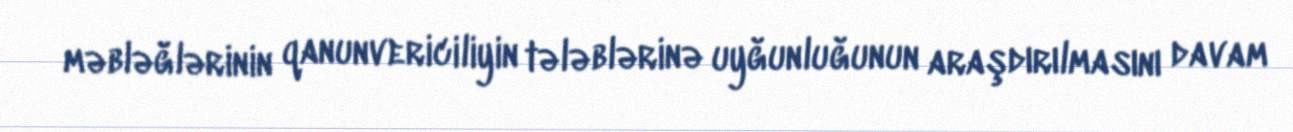
məbləğlərinin qanunvericiliyin tələblərinə uyğunluğunun araşdırılmasını davam